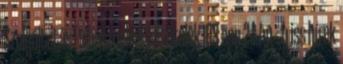
Szolgáltatás Felhasználási feltételek IOS app 24.hu - friss hírek